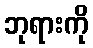
ဘုရားကို